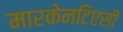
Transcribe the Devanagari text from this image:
मारकेनटिएसी